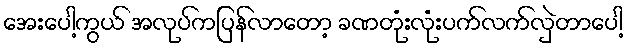
အေးပေါ့ကွယ် အလုပ်ကပြန်လာတော့ ခဏတုံးလုံးပက်လက်လှဲတာပေါ့